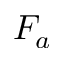
F _ { a }